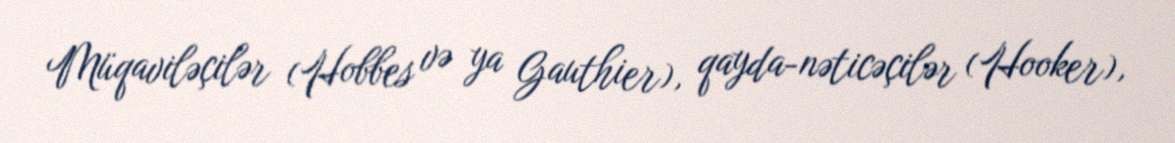
Müqaviləçilər (Hobbes və ya Gauthier), qayda-nəticəçilər (Hooker),